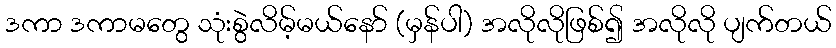
ဒကာ ဒကာမတွေ သုံးစွဲလိမ့်မယ်နော် (မှန်ပါ) အလိုလိုဖြစ်၍ အလိုလို ပျက်တယ်